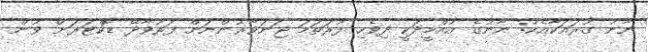
ނާނު ގުރައަކާއެކު: ނާނުގެ އުއްމީދަކީ ދިވެހި ފުރަތަމަ ޖަނަވާޜުންނަށް ފަރުވާދޭ ޑޮކްޓަރަށް ވުން